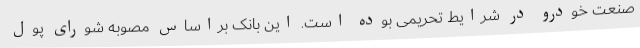
صنعت خودرو در شرایط تحریمی بوده است. این بانک براساس مصوبه شورای پول